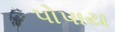
પોપાય